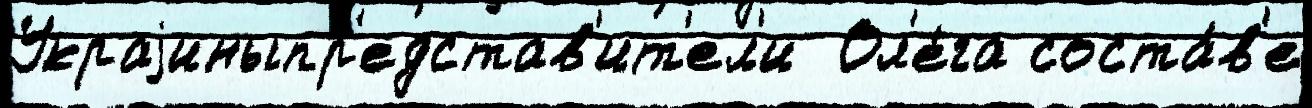
Украjиныпр'едстав'ит'ел'и  Ол'е́га соста́в'е